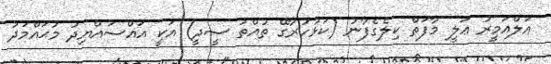
އަލްއަމީރު ޢަލީ މާފަތް ކިލެގެފާނު (ކަޅުހުރާގޭ ތުއްތު ސީދީ) އަކީ އައްސައްޔިދު މުޙައްމަދު